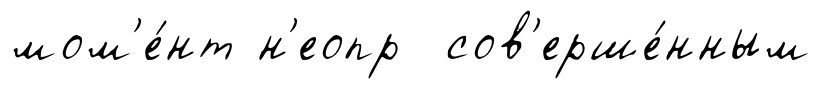
мом'е́нт н'еопр сов'ерше́нным